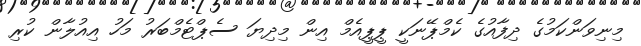
މިނިވަންކަމުގެ ދިފާއުގެ ކެމްޕޭނަކީ ޕީޕީއެމް އިން މިދިޔަ ސެޕްޓެމްބަރު މަހު އިއުލާން ކުރި